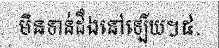
មិនទាន់ដឹងនៅឡើយ។៥.